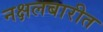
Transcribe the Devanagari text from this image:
नक्षलबारीत